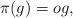
LaTeX: \begin{align*}\pi(g)=og,\end{align*}